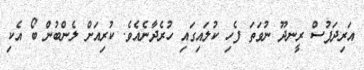
އަރިދަފުސް ރީނދޫ ނުވަތަ ފެހި ކުލައިގައި ހުރެދާނެއެވެ. ކުރިއަށް ލެންބުން ބޯ އެކި